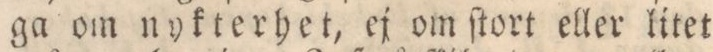
ga om nykterhet, ej om ſtort eller litet